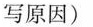
写原因)